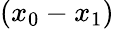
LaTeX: (x_{0}-x_{1})